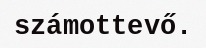
számottevő.